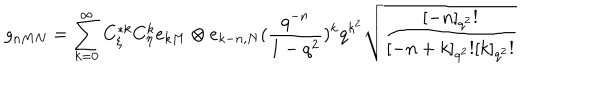
g _ { n M N } = \sum _ { k = 0 } ^ { \infty } C _ { \xi } ^ { * k } C _ { \eta } ^ { k } e _ { k M } \otimes e _ { k - n , N } ( \frac { q ^ { - n } } { 1 - q ^ { 2 } } ) ^ { k } q ^ { k ^ { 2 } } \sqrt { \frac { [ - n ] _ { q ^ { 2 } } ! } { [ - n + k ] _ { q ^ { 2 } } ! [ k ] _ { q ^ { 2 } } ! } }